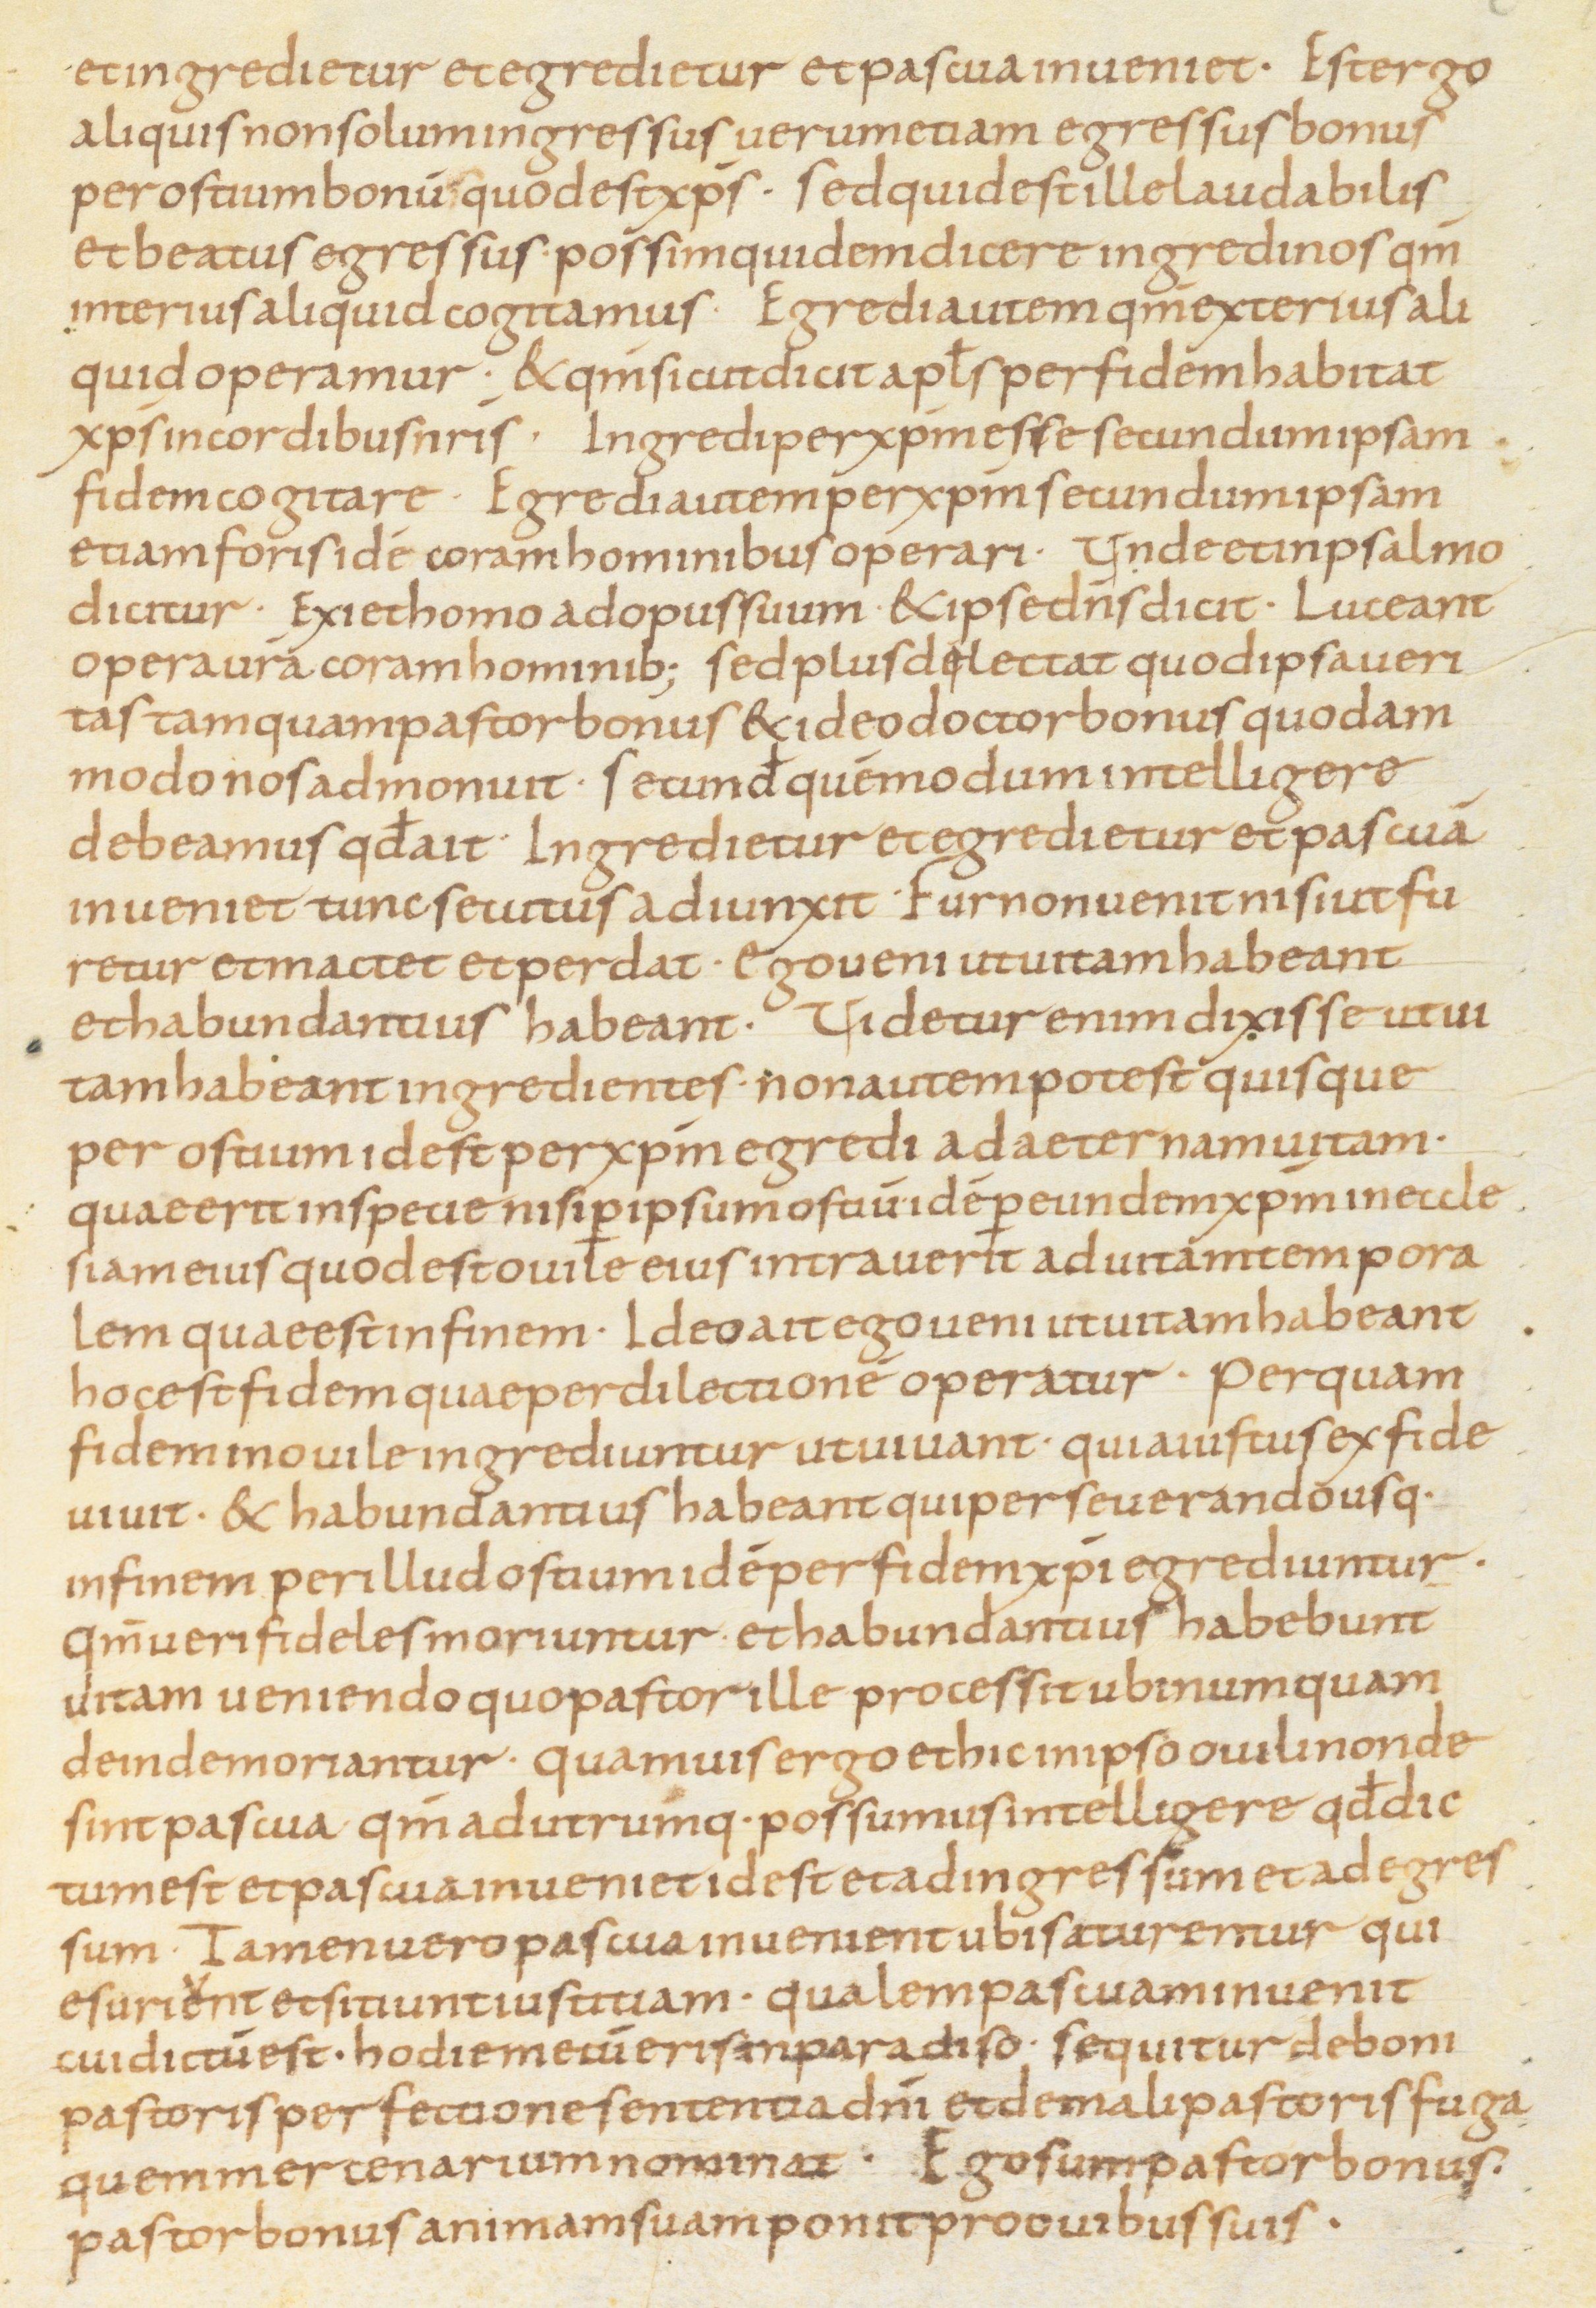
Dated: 800–899